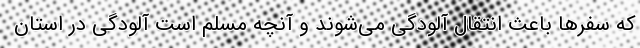
که سفرها باعث انتقال آلودگی می‌شوند و آنچه مسلم است آلودگی در استان